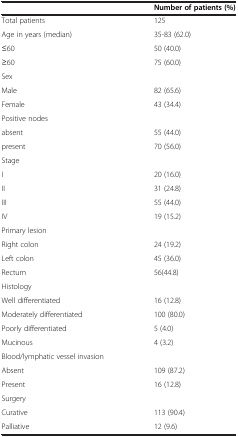
<table><thead><tr><td><b> </b></td><td><b>Number of patients (%)</b></td></tr></thead><tbody><tr><td>Total patients</td><td>125</td></tr><tr><td>Age in years (median)</td><td>35-83 (62.0)</td></tr><tr><td>≤60</td><td>50 (40.0)</td></tr><tr><td>≥60</td><td>75 (60.0)</td></tr><tr><td>Sex</td><td> </td></tr><tr><td>Male</td><td>82 (65.6)</td></tr><tr><td>Female</td><td>43 (34.4)</td></tr><tr><td>Positive nodes</td><td> </td></tr><tr><td>absent</td><td>55 (44.0)</td></tr><tr><td>present</td><td>70 (56.0)</td></tr><tr><td>Stage</td><td> </td></tr><tr><td>I</td><td>20 (16.0)</td></tr><tr><td>II</td><td>31 (24.8)</td></tr><tr><td>III</td><td>55 (44.0)</td></tr><tr><td>IV</td><td>19 (15.2)</td></tr><tr><td>Primary lesion</td><td> </td></tr><tr><td>Right colon</td><td>24 (19.2)</td></tr><tr><td>Left colon</td><td>45 (36.0)</td></tr><tr><td>Rectum</td><td>56(44.8)</td></tr><tr><td>Histology</td><td> </td></tr><tr><td>Well differentiated</td><td>16 (12.8)</td></tr><tr><td>Moderately differentiated</td><td>100 (80.0)</td></tr><tr><td>Poorly differentiated</td><td>5 (4.0)</td></tr><tr><td>Mucinous</td><td>4 (3.2)</td></tr><tr><td>Blood/lymphatic vessel invasion</td><td> </td></tr><tr><td>Absent</td><td>109 (87.2)</td></tr><tr><td>Present</td><td>16 (12.8)</td></tr><tr><td>Surgery</td><td> </td></tr><tr><td>Curative</td><td>113 (90.4)</td></tr><tr><td>Palliative</td><td>12 (9.6)</td></tr></tbody></table>